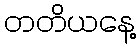
တတိယနေ့